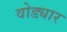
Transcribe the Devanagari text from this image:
वोड्यार